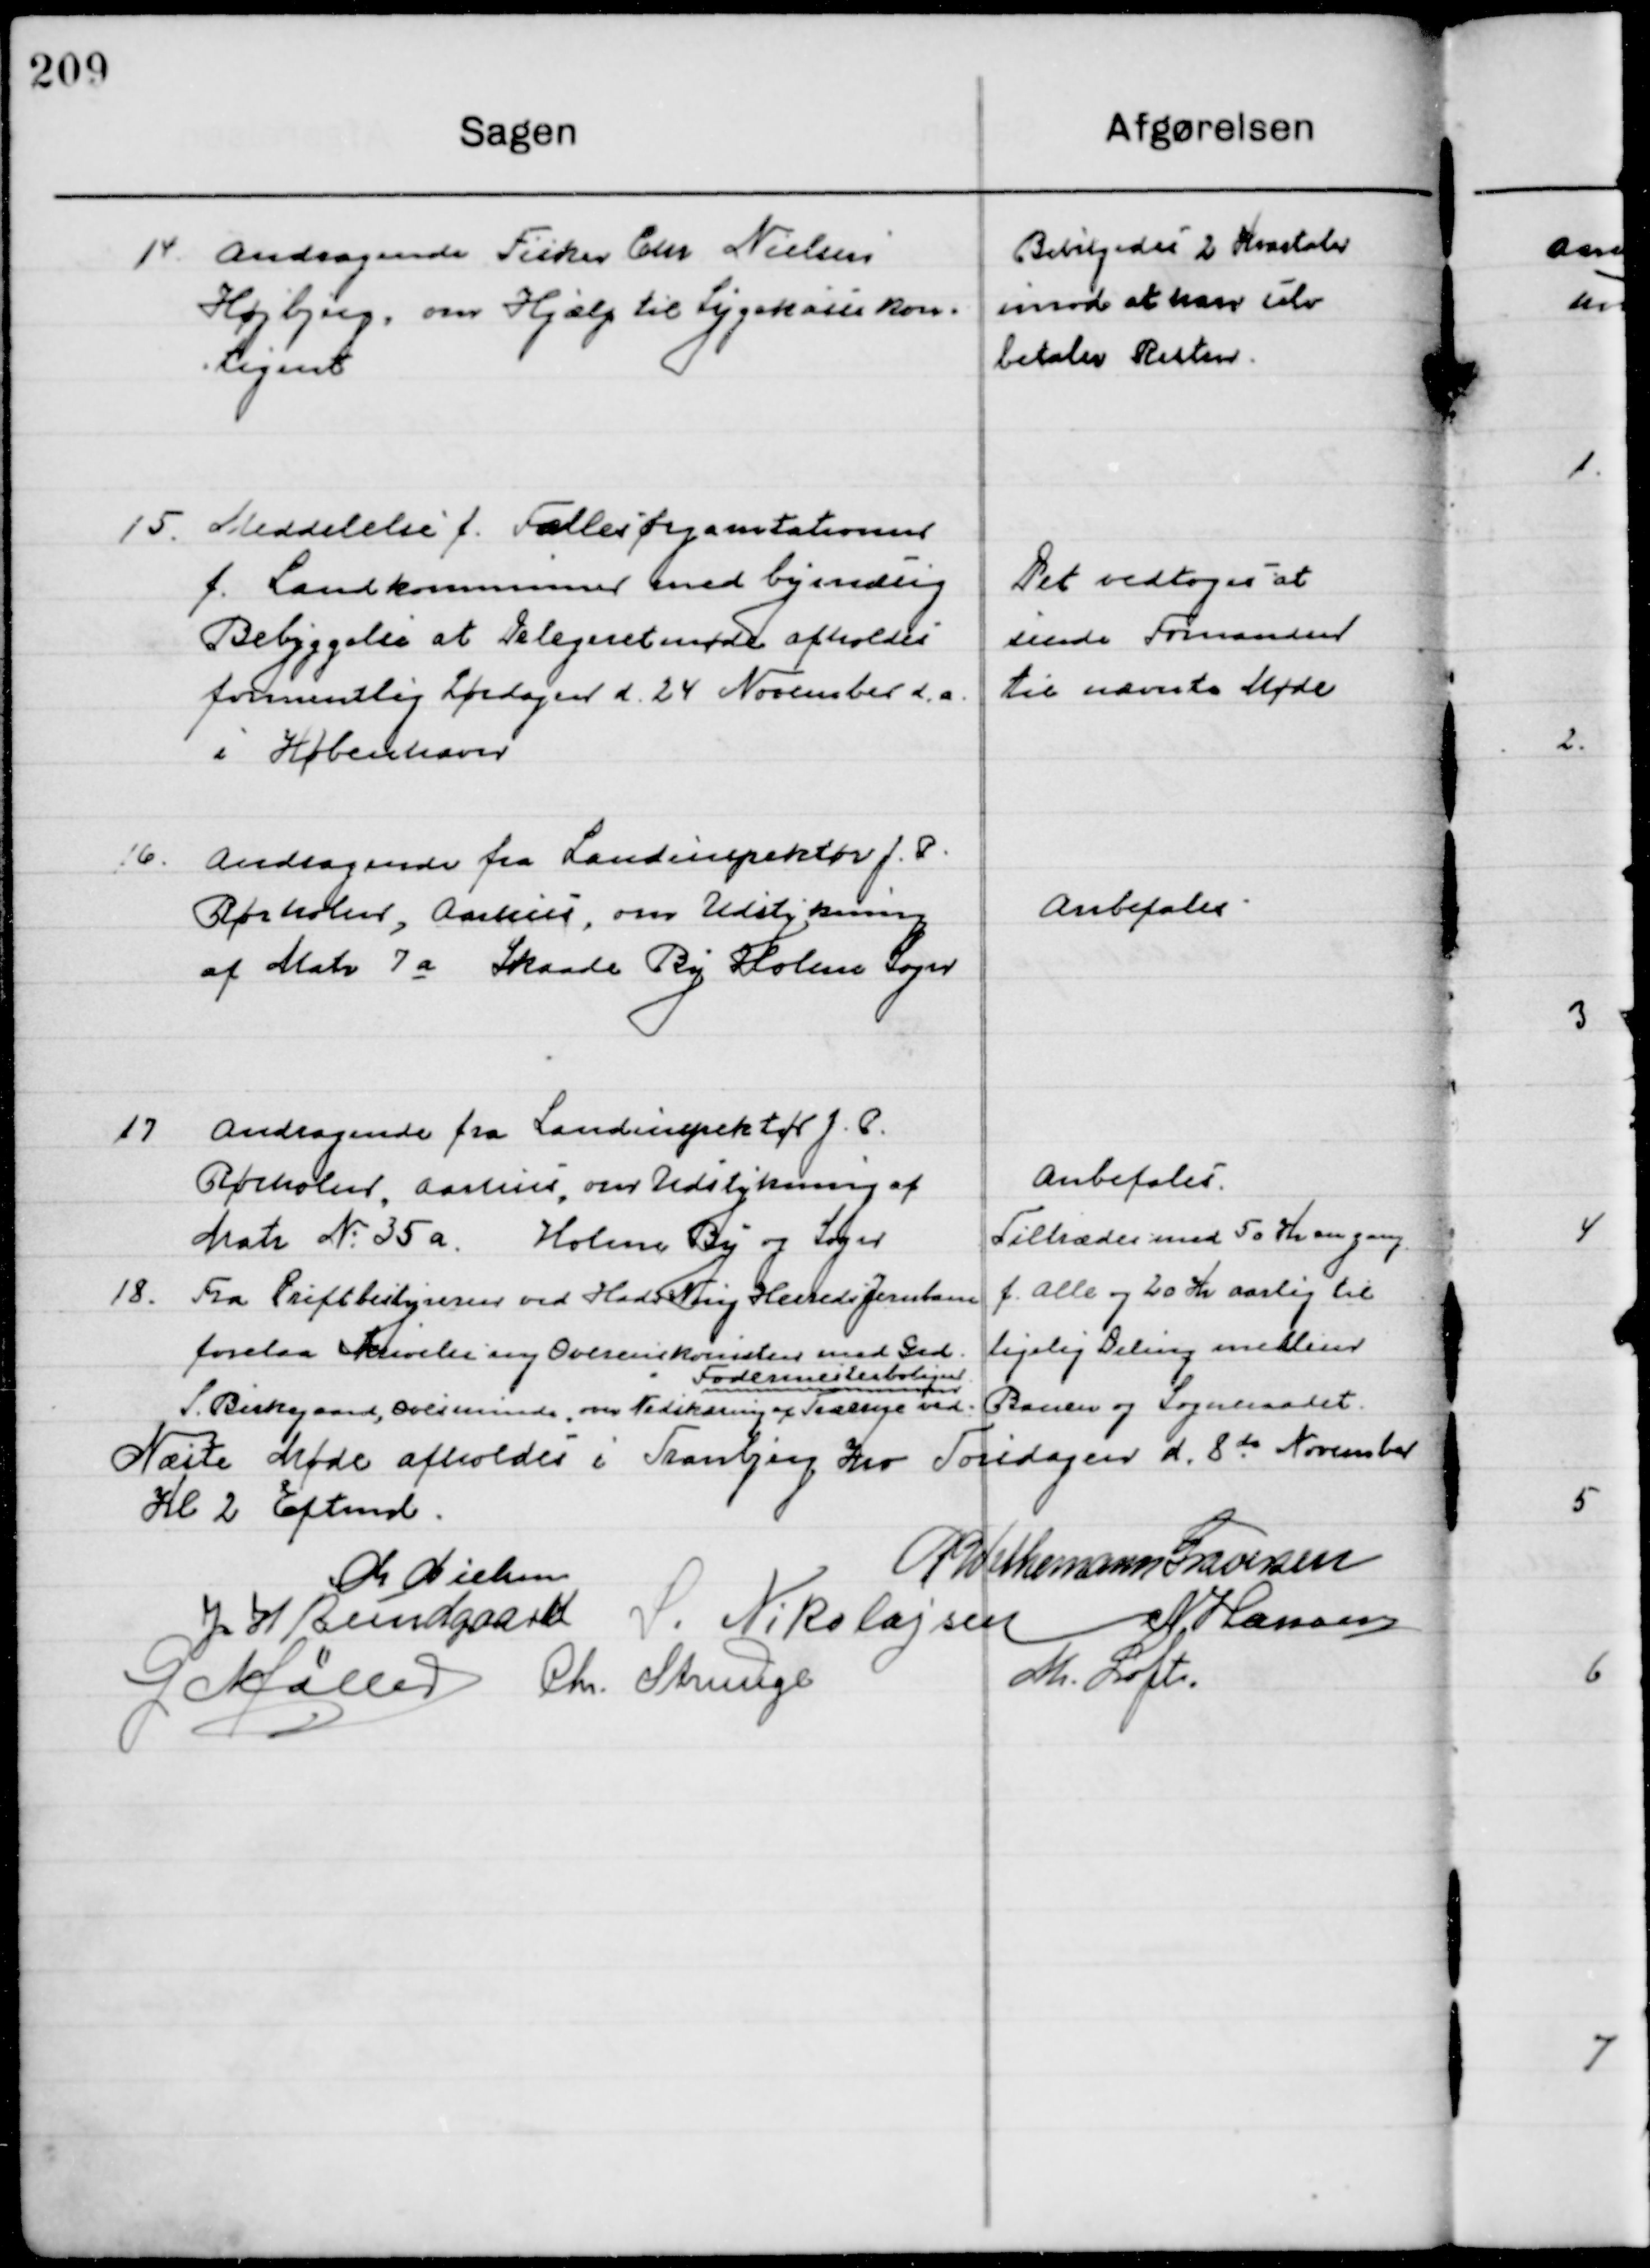
Transskription:
14

Andragende fra Fisker Chr. Nielsen
Højbjerg, om Hjælp til Sygekassekon-
tingent.

Bevilgedes 2. Kvataler
Imod at han selv
betaler Resten

15

Meddelelse f. Fællesorganitationen
f. Landkommuner med bymedsig
Bebyggelse at Delegeretmøde afholdes
Formentlig Lørdagen d. 24 November d. a. 
i København.

Det vedtoges at
sende Formanden 
Til nævnte Møde

16

Andragende fra Landinspektøren J. P.
Rørholm, Aarhus, over Udstykningen 
af Matr. 7 a Skaade By Holme Sogn

Anbefales

17

Andragende fra Landinspektøren J. P.
Rørholm, aarhus, over Udstykningen af
Matr. Nr. 35 a. Holme By og Sogn

Anbefales

18

Fra Driftsbestyreren ved Hads Ning Herreds Jernbane
forelaa Skrivelse ang. Overenskomst med Grd.
S. Birkegaard, Ovesminde om Nedskæring af Træerne ved	
Fodermesterboligen

Tiltrædes med 50 Kr. en gang
f. alle og 20 Kr. aarlig til
ligelig Deling mellem
Banen og Sogneraadet.

Næste Møde afholdes i Tranbjerg Kro Fredag d. 8de November
Kl. 2 Eftermd.

M. Nielsen
P. Wethemann Graversen
J. W. Bundgaard
S. Nikolajsen
N. Hansen
G. Møller
Chr. Strunge
M. Loft